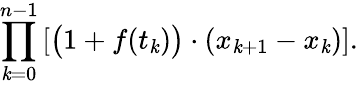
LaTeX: \prod_{\mathit{k}=0}^{n-1}\left[{\big(}1+f(t_{\mathit{k}}){\big)}\cdot(x_{\mathit{k}+1}-x_{\mathit{k}})\right].